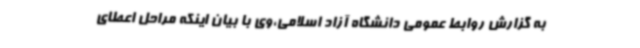
به گزارش روابط عمومی دانشگاه آزاد اسلامی،وی با بیان اینکه مراحل اعطای